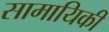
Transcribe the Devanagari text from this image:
सामायिकी